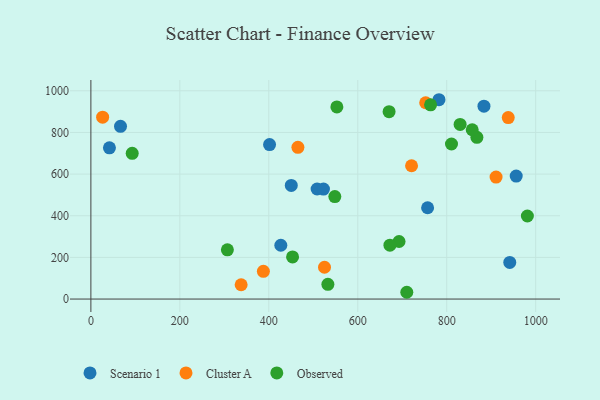
{"axis": {"x": "Ad Spend", "y": "Profit"}, "legend": ["Cluster A", "Observed", "Scenario 1"], "data": [{"x": "401.7", "y": 741.7, "type": "Scenario 1"}, {"x": "450.5", "y": 545.8, "type": "Scenario 1"}, {"x": "757.0", "y": 438.5, "type": "Scenario 1"}, {"x": "508.6", "y": 528.4, "type": "Scenario 1"}, {"x": "41.7", "y": 726.0, "type": "Scenario 1"}, {"x": "427.0", "y": 258.4, "type": "Scenario 1"}, {"x": "782.6", "y": 957.2, "type": "Scenario 1"}, {"x": "522.9", "y": 528.2, "type": "Scenario 1"}, {"x": "956.2", "y": 590.6, "type": "Scenario 1"}, {"x": "941.7", "y": 175.8, "type": "Scenario 1"}, {"x": "66.6", "y": 829.5, "type": "Scenario 1"}, {"x": "883.7", "y": 926.3, "type": "Scenario 1"}, {"x": "337.8", "y": 68.7, "type": "Cluster A"}, {"x": "910.9", "y": 585.7, "type": "Cluster A"}, {"x": "720.9", "y": 640.1, "type": "Cluster A"}, {"x": "938.3", "y": 871.3, "type": "Cluster A"}, {"x": "525.2", "y": 152.7, "type": "Cluster A"}, {"x": "752.7", "y": 942.7, "type": "Cluster A"}, {"x": "387.8", "y": 133.0, "type": "Cluster A"}, {"x": "465.4", "y": 728.6, "type": "Cluster A"}, {"x": "26.4", "y": 873.3, "type": "Cluster A"}, {"x": "810.7", "y": 744.5, "type": "Observed"}, {"x": "553.0", "y": 922.7, "type": "Observed"}, {"x": "548.4", "y": 491.9, "type": "Observed"}, {"x": "763.7", "y": 932.6, "type": "Observed"}, {"x": "92.9", "y": 699.7, "type": "Observed"}, {"x": "692.8", "y": 276.5, "type": "Observed"}, {"x": "981.3", "y": 398.9, "type": "Observed"}, {"x": "670.4", "y": 899.7, "type": "Observed"}, {"x": "710.2", "y": 32.6, "type": "Observed"}, {"x": "532.8", "y": 70.6, "type": "Observed"}, {"x": "306.9", "y": 236.2, "type": "Observed"}, {"x": "453.4", "y": 202.2, "type": "Observed"}, {"x": "867.8", "y": 776.8, "type": "Observed"}, {"x": "857.3", "y": 813.1, "type": "Observed"}, {"x": "830.1", "y": 838.4, "type": "Observed"}, {"x": "672.3", "y": 258.9, "type": "Observed"}]}